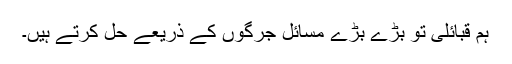
ہم قبائلی تو بڑے بڑے مسائل جرگوں کے ذریعے حل کرتے ہیں۔